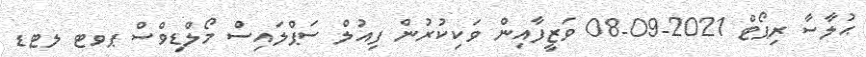
ޙުލާސާ ރިޕޯޓް 2021-09-08 ވަޒީފާއިން ވަކިކުރުން ފިއުލް ސަޕްލައިސް މޯލްޑިވްސް ޕވޓ ލޓޑ